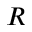
R